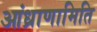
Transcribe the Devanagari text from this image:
आंध्राणामिति